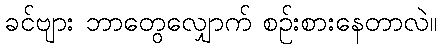
ခင်ဗျား ဘာတွေလျှောက် စဉ်းစားနေတာလဲ။